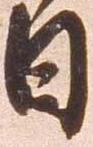
日